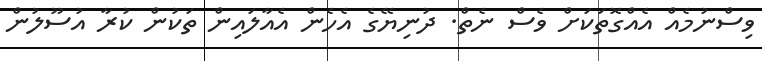
ވިސްނުމެއް އެއްގޮތަކަށް ވެސް ނެތް. ދުނިޔޭގެ އެހެން އެއާލައިން ތަކުން ކުރާ އުސޫލުން